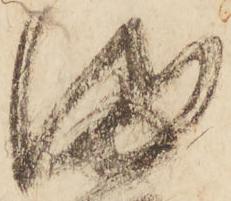
満